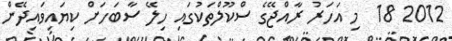
2012 18  މި އަހަރު ރާއްޖޭގެ ސްކޫލްތަކުގައި ހިލޭ ސާބަހަށް ކިޔައިވައިދޭން